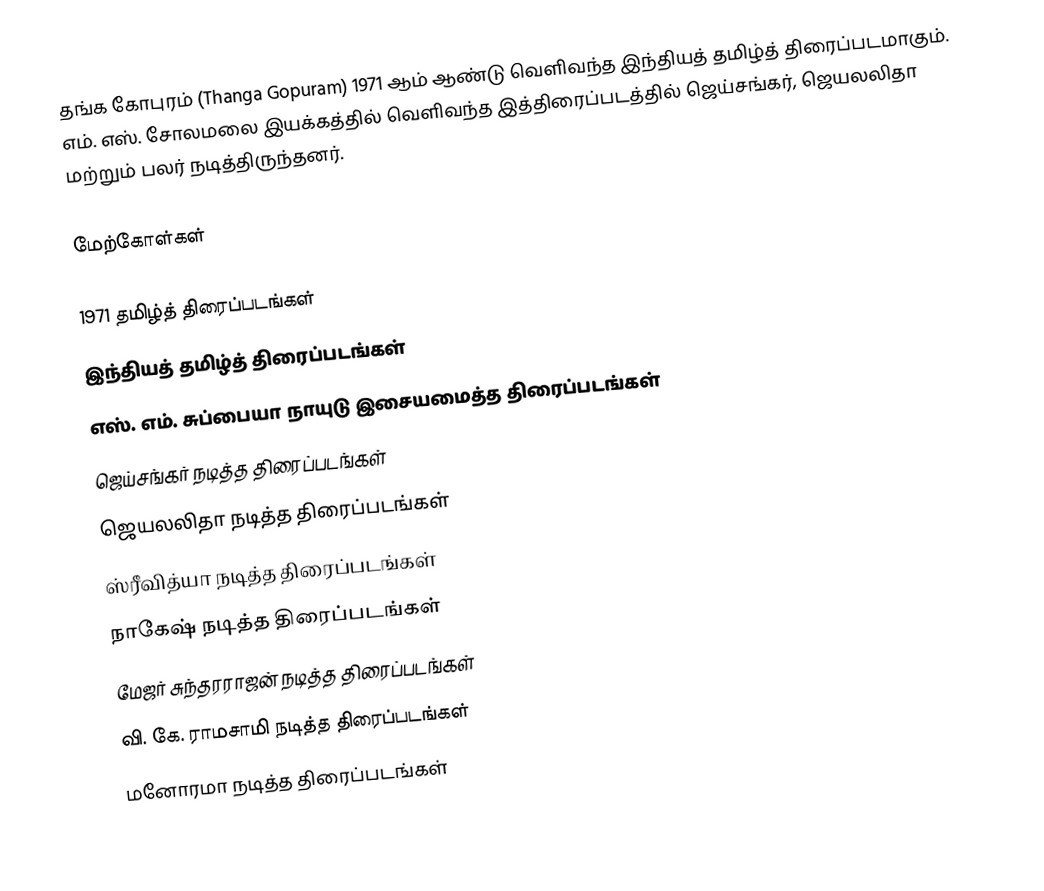
தங்க கோபுரம் (Thanga Gopuram) 1971 ஆம் ஆண்டு வெளிவந்த இந்தியத் தமிழ்த் திரைப்படமாகும். எம். எஸ். சோலமலை இயக்கத்தில் வெளிவந்த இத்திரைப்படத்தில் ஜெய்சங்கர், ஜெயலலிதா மற்றும் பலர் நடித்திருந்தனர்.

மேற்கோள்கள்

1971 தமிழ்த் திரைப்படங்கள்
இந்தியத் தமிழ்த் திரைப்படங்கள்
எஸ். எம். சுப்பையா நாயுடு இசையமைத்த திரைப்படங்கள்
ஜெய்சங்கர் நடித்த திரைப்படங்கள்
ஜெயலலிதா நடித்த திரைப்படங்கள்
ஸ்ரீவித்யா நடித்த திரைப்படங்கள்
நாகேஷ் நடித்த திரைப்படங்கள்
மேஜர் சுந்தரராஜன் நடித்த திரைப்படங்கள்
வி. கே. ராமசாமி நடித்த திரைப்படங்கள்
மனோரமா நடித்த திரைப்படங்கள்